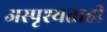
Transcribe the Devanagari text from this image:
अस्पृश्यताही